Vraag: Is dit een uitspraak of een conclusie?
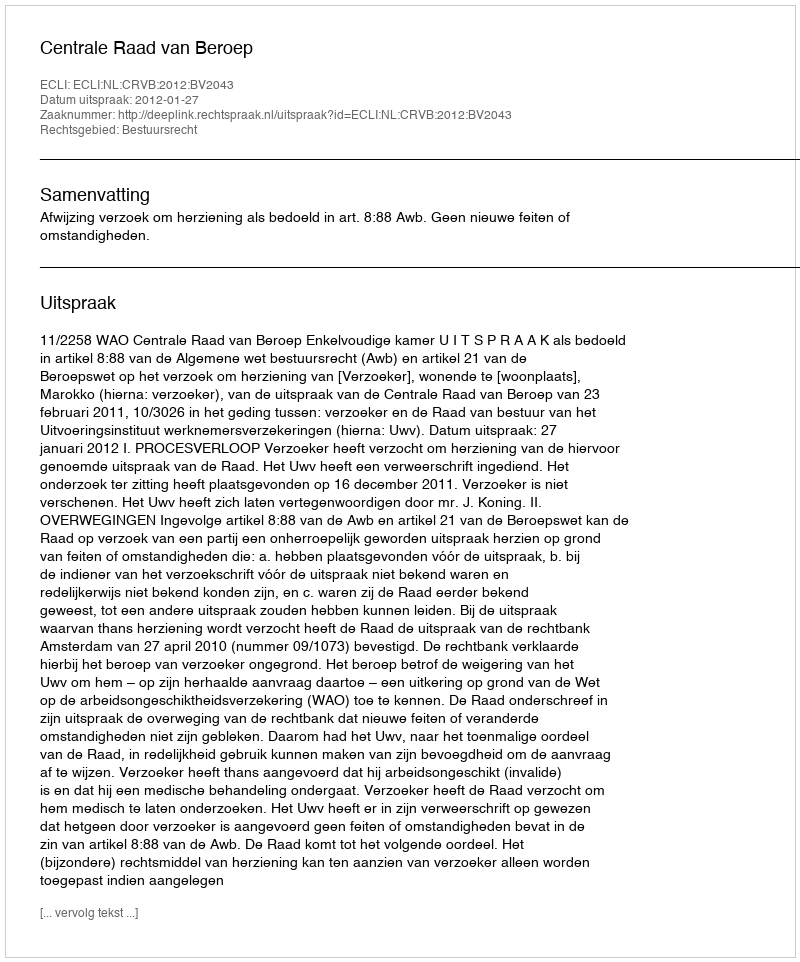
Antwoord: Uitspraak